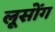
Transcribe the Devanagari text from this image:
लूसोंग